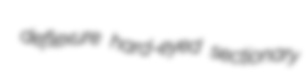
deflexure hard-eyed sectionary